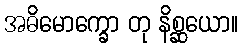
အဓိမောက္ခော တု နိစ္ဆယော။